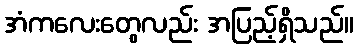
အံကလေးတွေလည်း အပြည့်ရှိသည်။